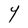
Character: Y